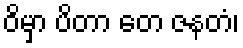
ဝိမှာ ပိတာ တေ ဇနတံ၊